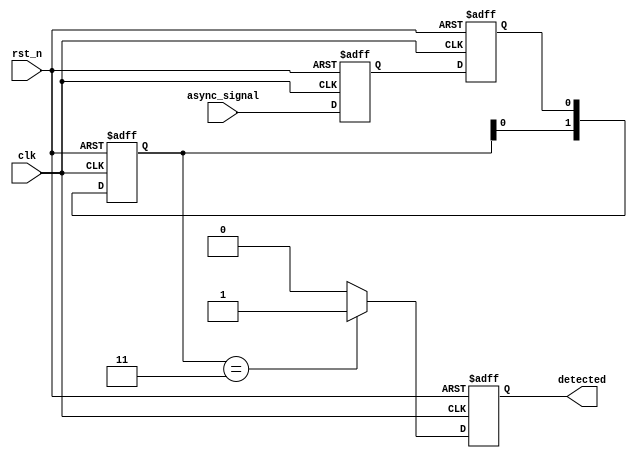
module dual_ff_detector (
    input wire clk,               // Clock input
    input wire rst_n,             // Active low reset
    input wire async_signal,      // Asynchronous input signal
    output reg detected           // Detected output signal
);

// Parameters for pattern detection
parameter PATTERN = 2'b11;      // Example pattern to detect
parameter PATTERN_WIDTH = 2;    // Width of the pattern

// Internal signals
reg ff1_out, ff2_out;
reg [1:0] pattern_buffer;        // Buffer to hold the last two samples

// Dual Flip-Flops for synchronization
always @(posedge clk or negedge rst_n) begin
    if (!rst_n) begin
        ff1_out <= 1'b0;
        ff2_out <= 1'b0;
    end else begin
        ff1_out <= async_signal;   // Sample input signal
        ff2_out <= ff1_out;        // Sample output of FF1
    end
end

// Pattern detection logic
always @(posedge clk or negedge rst_n) begin
    if (!rst_n) begin
        detected <= 1'b0;
        pattern_buffer <= 2'b00;
    end else begin
        // Shift the pattern buffer
        pattern_buffer <= {pattern_buffer[0], ff2_out};

        // Check if the pattern matches
        if (pattern_buffer == PATTERN) begin
            detected <= 1'b1; // Pattern detected
        end else begin
            detected <= 1'b0; // Reset detected signal
        end
    end
end

endmodule